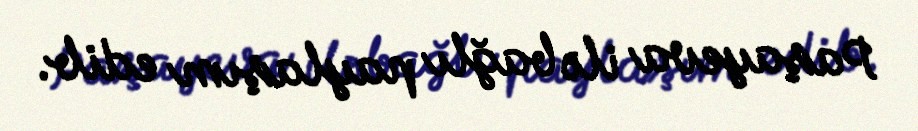
Paşayeva ilə bağlı paylaşım edib.